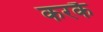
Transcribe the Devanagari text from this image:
करकै